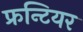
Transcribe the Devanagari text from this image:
फ्रन्टियर